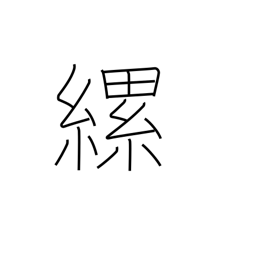
Meaning: tie